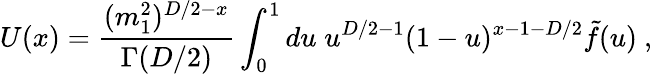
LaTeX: U(x)=\frac{(m_{1}^{2})^{D/2-x}}{\Gamma(D/2)}\int_{0}^{1}du\; u^{D/2-1}(1-u)^{x-1-D/2}\tilde{f}(u)\ ,